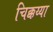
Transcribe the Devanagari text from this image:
चिक्कय्या